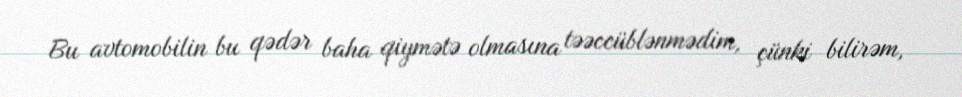
Bu avtomobilin bu qədər baha qiymətə olmasına təəccüblənmədim, çünki bilirəm,